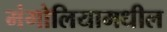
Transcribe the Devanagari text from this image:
मंगोलियामधील